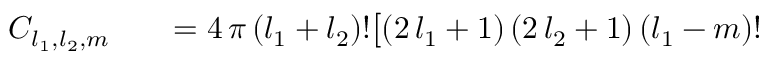
\begin{array} { r l r } { C _ { l _ { 1 } , l _ { 2 } , m } } & { { } } & { = 4 \, \pi \, ( l _ { 1 } + l _ { 2 } ) ! \big [ ( 2 \, l _ { 1 } + 1 ) \, ( 2 \, l _ { 2 } + 1 ) \, ( l _ { 1 } - m ) ! \, } \end{array}